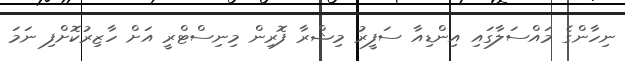
ނިހާންގެ މައްސަލާގައި އިންޑިއާ ސަފީރު މިޝްރާ ފޮރިން މިނިސްޓްރީ އަށް ހާޒިރުކޮށްފި ނަމަ